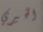
الخيري